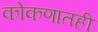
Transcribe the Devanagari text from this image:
कोकणातही